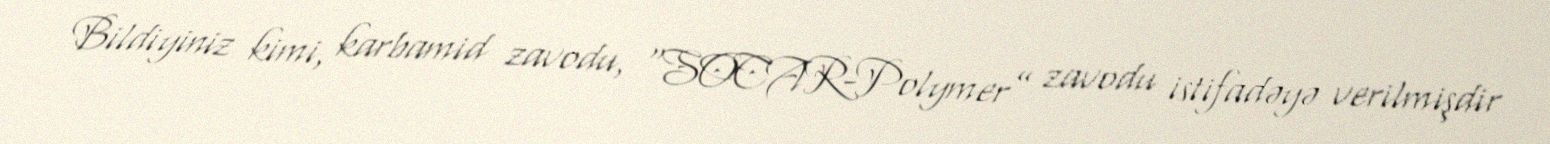
Bildiyiniz kimi, karbamid zavodu, “SOCAR-Polymer” zavodu istifadəyə verilmişdir